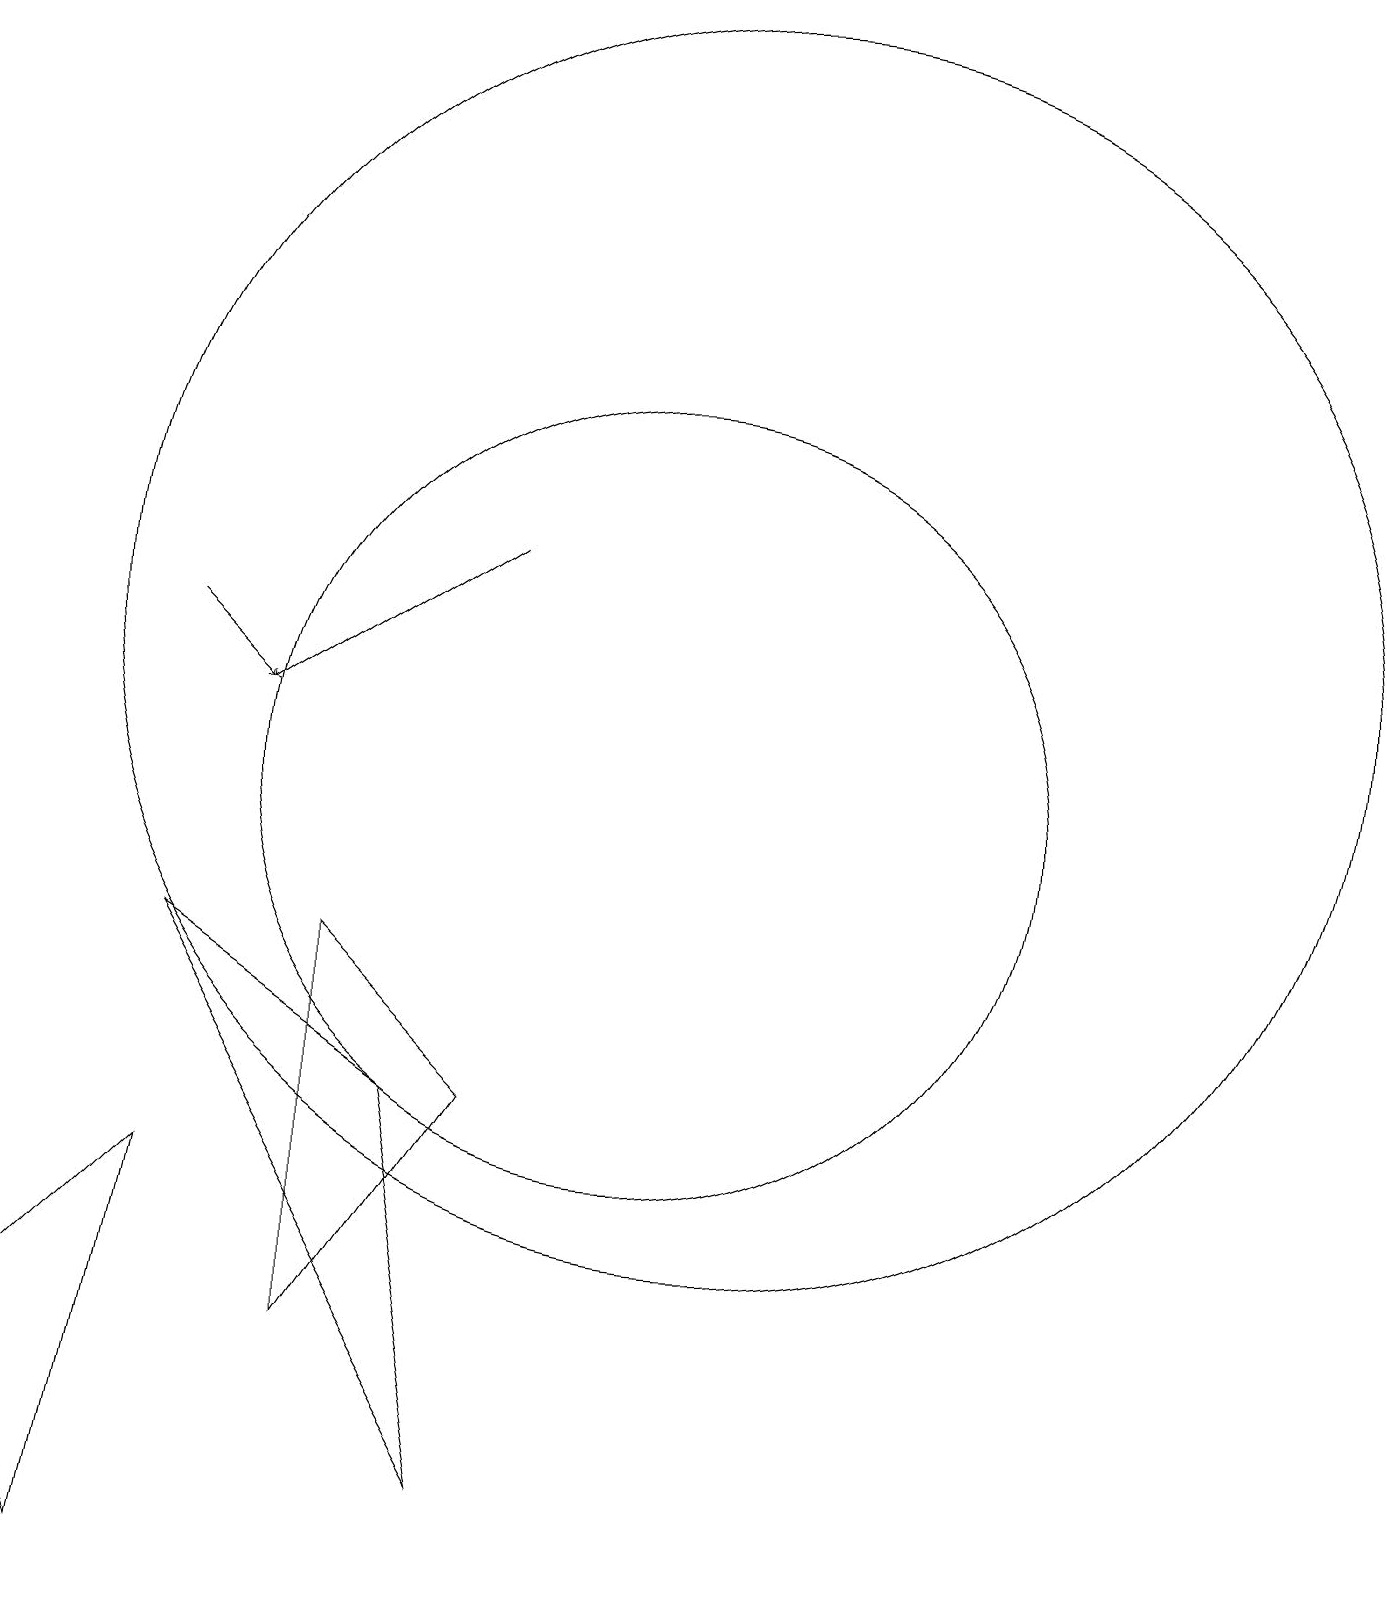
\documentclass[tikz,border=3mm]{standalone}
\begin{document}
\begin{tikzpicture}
\draw (11,12) circle (8);
\draw[->] (8,13) -- (5,11);
\draw (8,6) -- (6,3) -- (6,8) -- cycle;
\draw[->] (4,12) -- (5,11);
\draw (10,10) circle (5);
\draw (4,5) -- (2,3) -- (3,0) -- cycle;
\draw (4,8) -- (7,6) -- (8,1) -- cycle;
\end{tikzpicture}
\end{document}